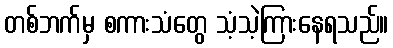
တစ်ဘက်မှ စကားသံတွေ သံ့သဲ့ကြားနေရသည်။